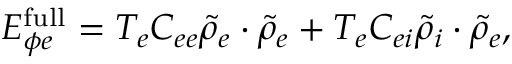
E _ { \phi e } ^ { \mathrm { f u l l } } = T _ { e } C _ { e e } { \widetilde \rho } _ { e } \cdot { \widetilde \rho } _ { e } + T _ { e } C _ { e i } { \widetilde \rho } _ { i } \cdot { \widetilde \rho } _ { e } ,